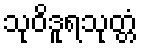
သုဝိဒူရသုတ္တံ